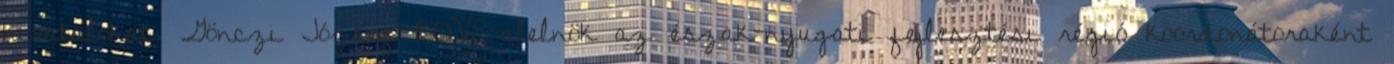
hivatalokat. Gönczi József ROVE-alelnök az észak-nyugati fejlesztési régió koordonátoraként